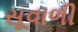
સૂવાળી